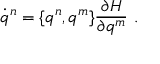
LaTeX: \dot { q } ^ { n } = \{ q ^ { n } , q ^ { m } \} \frac { \partial H } { \partial q ^ { m } } \ .